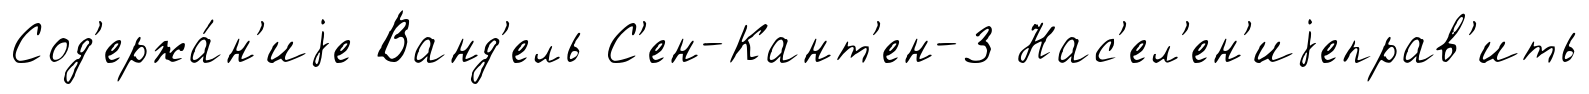
Сод'ержа́н'иjе Ванд'ель С'ен-Кант'ен-3 Нас'ел'ен'иjеправ'ить